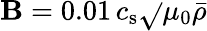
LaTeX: \mathbf{B}=0.01\, c_{\mathrm{{s}}}\sqrt{}{{\mu_{0}\bar{{\rho}}}}